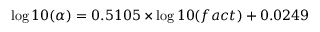
\log 1 0 ( \alpha ) = 0 . 5 1 0 5 \times \log 1 0 ( f a c t ) + 0 . 0 2 4 9